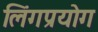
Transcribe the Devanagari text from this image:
लिंगप्रयोग